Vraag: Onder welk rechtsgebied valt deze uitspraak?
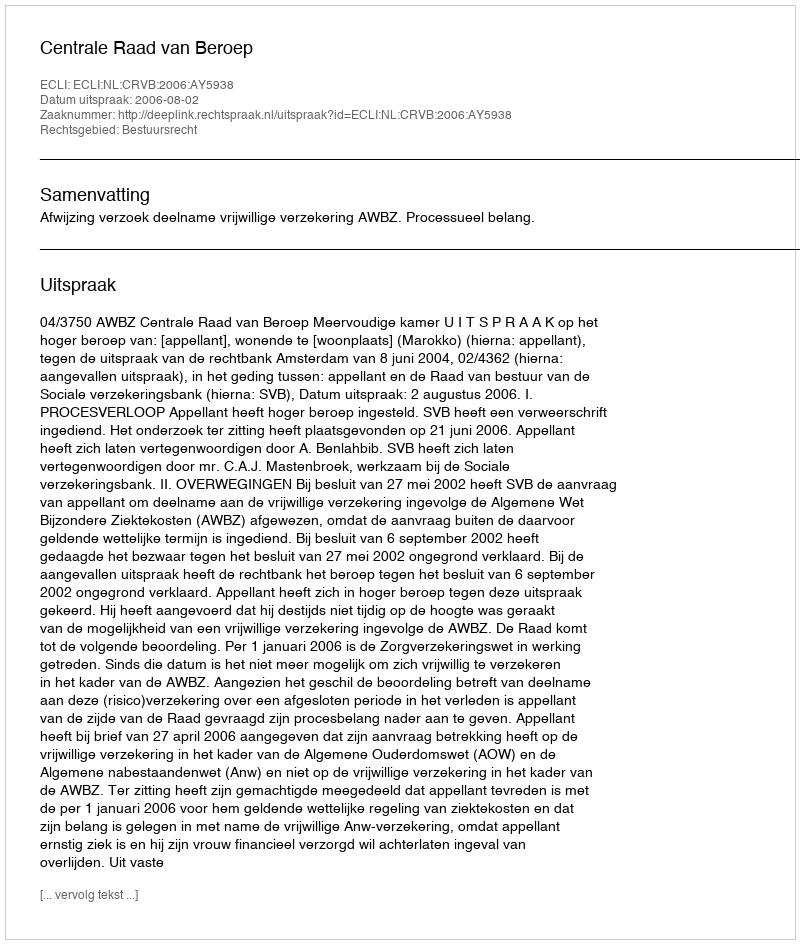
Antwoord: Bestuursrecht